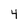
Character: 4